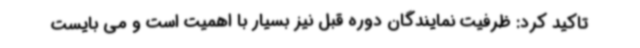
تاکید کرد: ظرفیت نمایندگان دوره قبل نیز بسیار با اهمیت است و می بایست